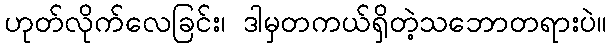
ဟုတ်လိုက်လေခြင်း၊ ဒါမှတကယ်ရှိတဲ့သဘောတရားပဲ။